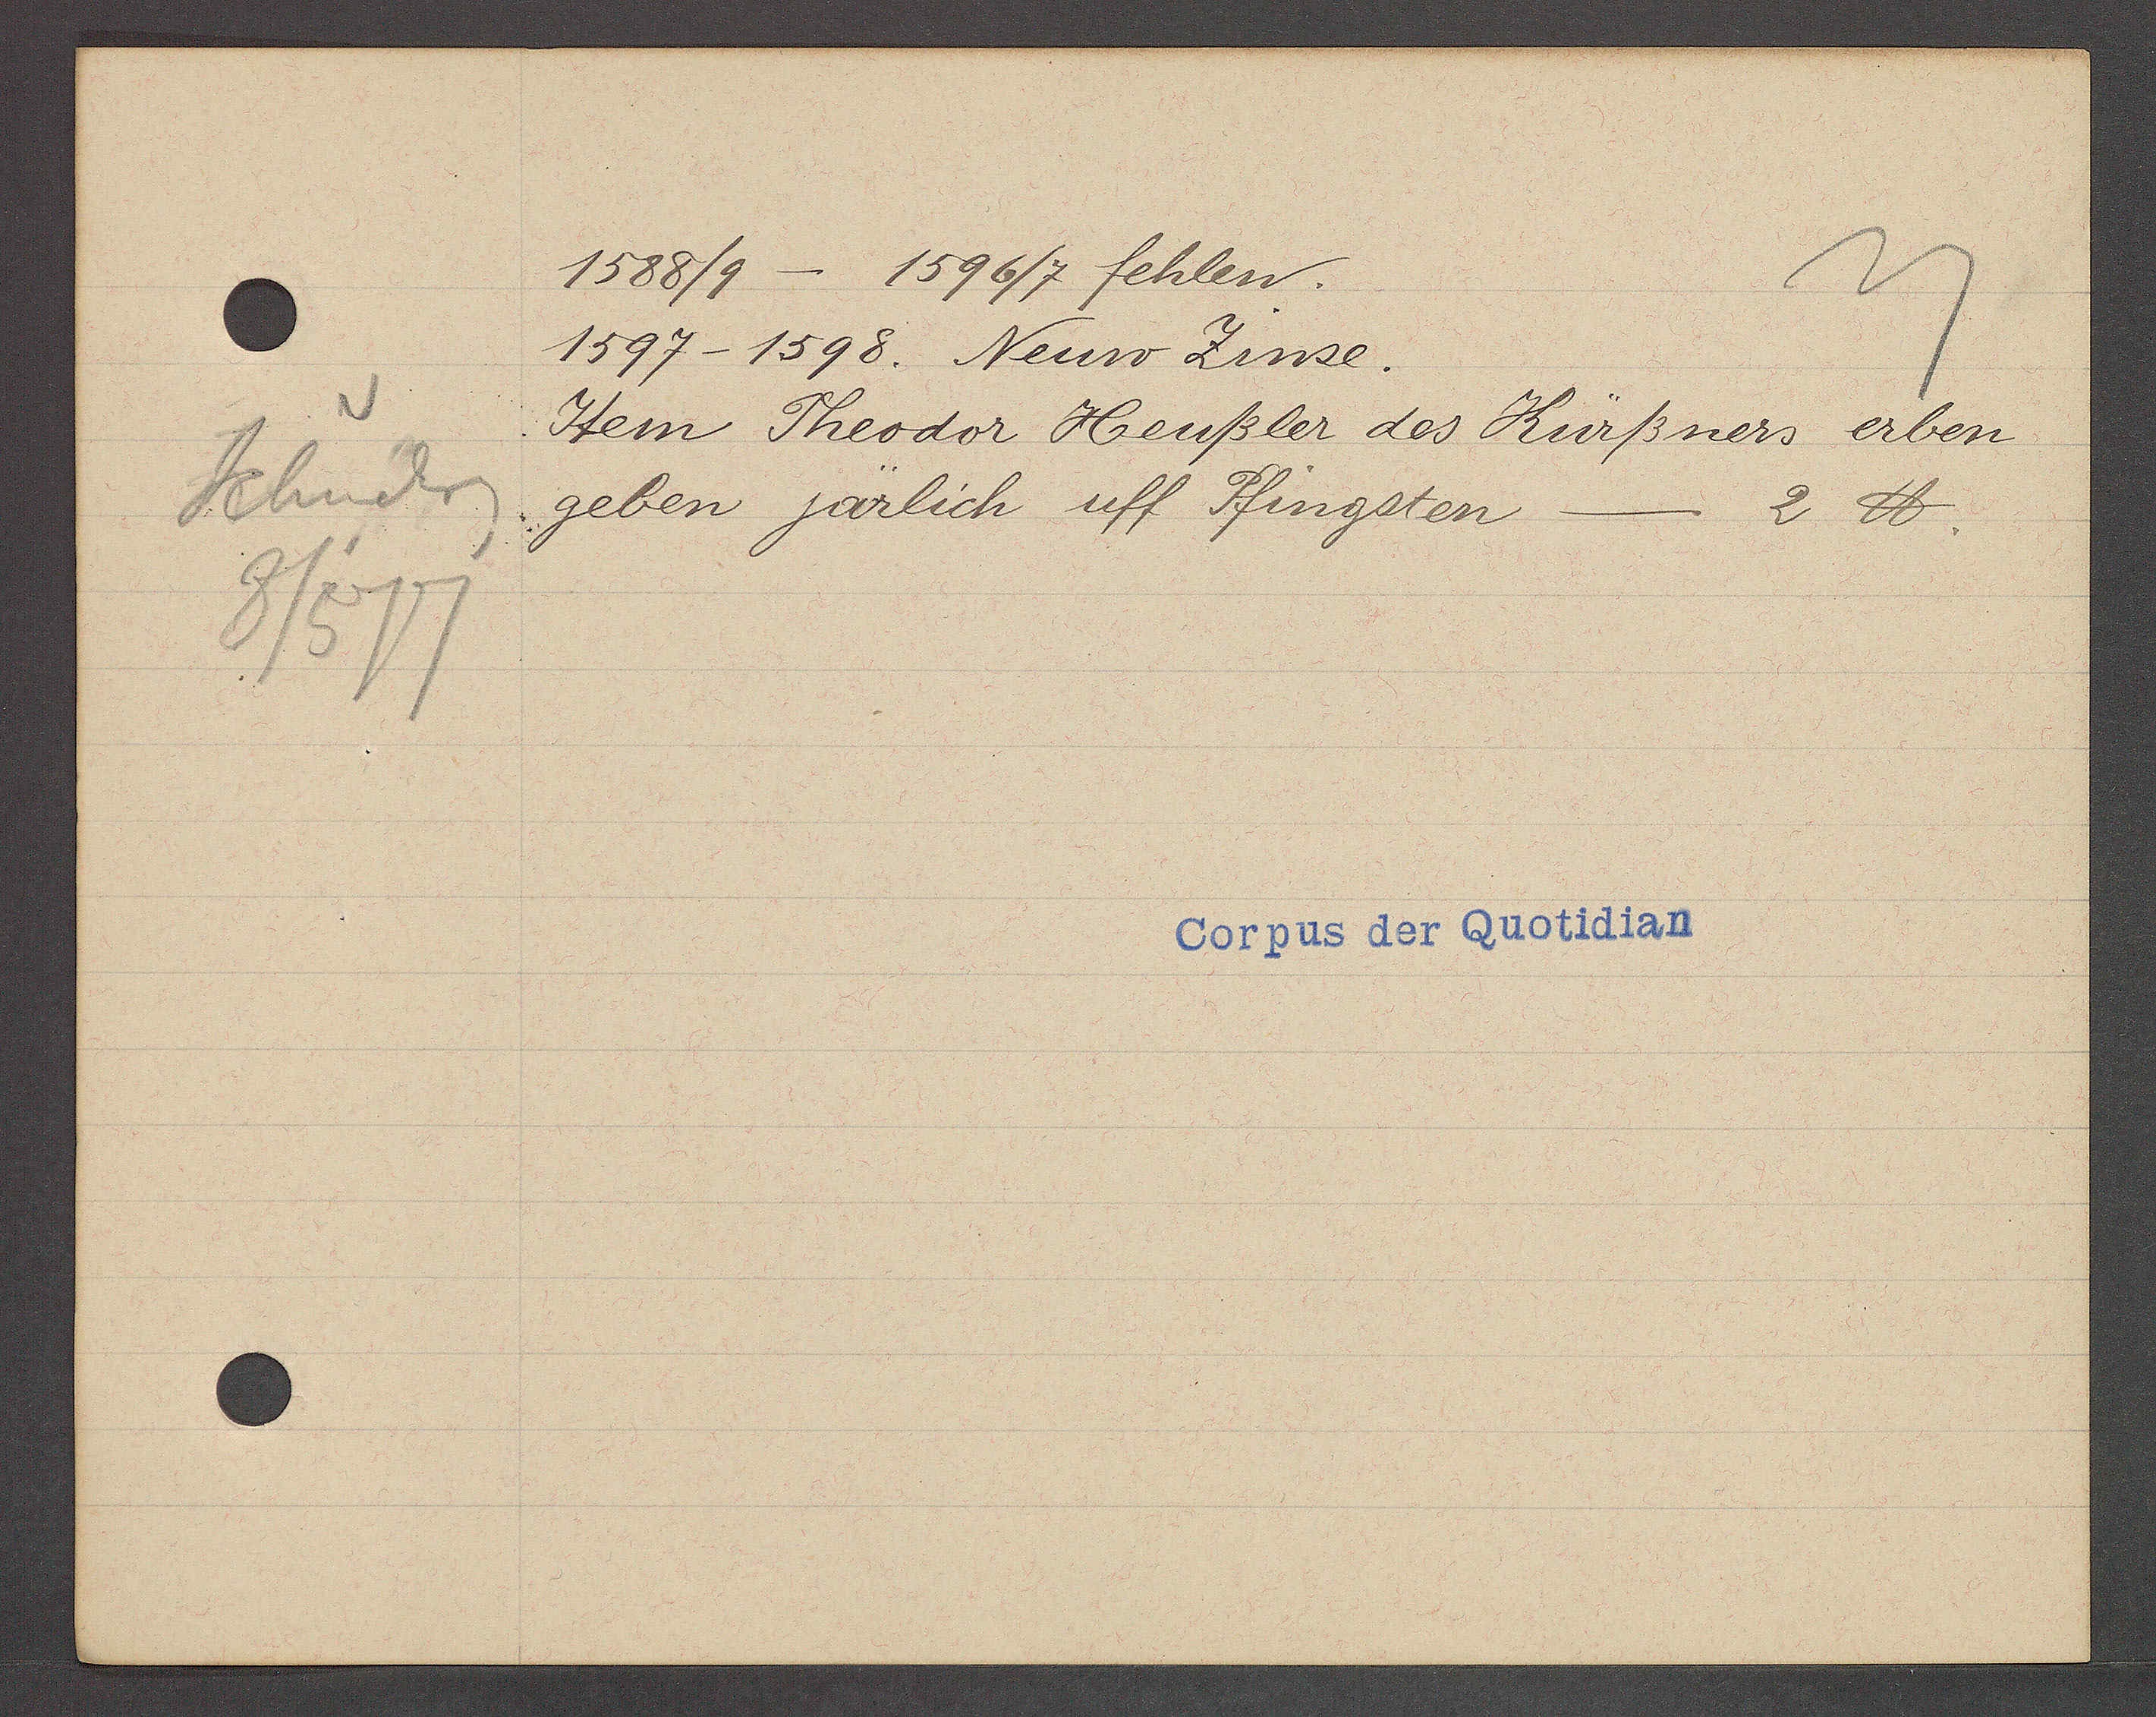
Transcript:
Schniderg

1588/9 - 1596/7 fehlen.

1597-1598. Neuw Zinse.
Item Theodor Heußler des Kürssners erben
geben järlich uff Pfingsten
2 ℔.

Corpus der Quotidian